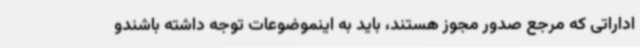
اداراتی که مرجع صدور مجوز هستند، باید به اینموضوعات توجه داشته باشندو